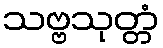
သဗ္ဗသုတ္တံ